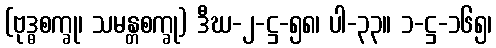
(ဗုဒ္ဓစက္ခု၊ သမန္တစက္ခု) ဒီဃ-၂-ဋ္ဌ-၅၈၊ ပါ-၃၃။ ၁-ဋ္ဌ-၁၆၅၊